65_HS1-834228961_62-HQ-83894_Section_6
Agency: FBI
Page 47
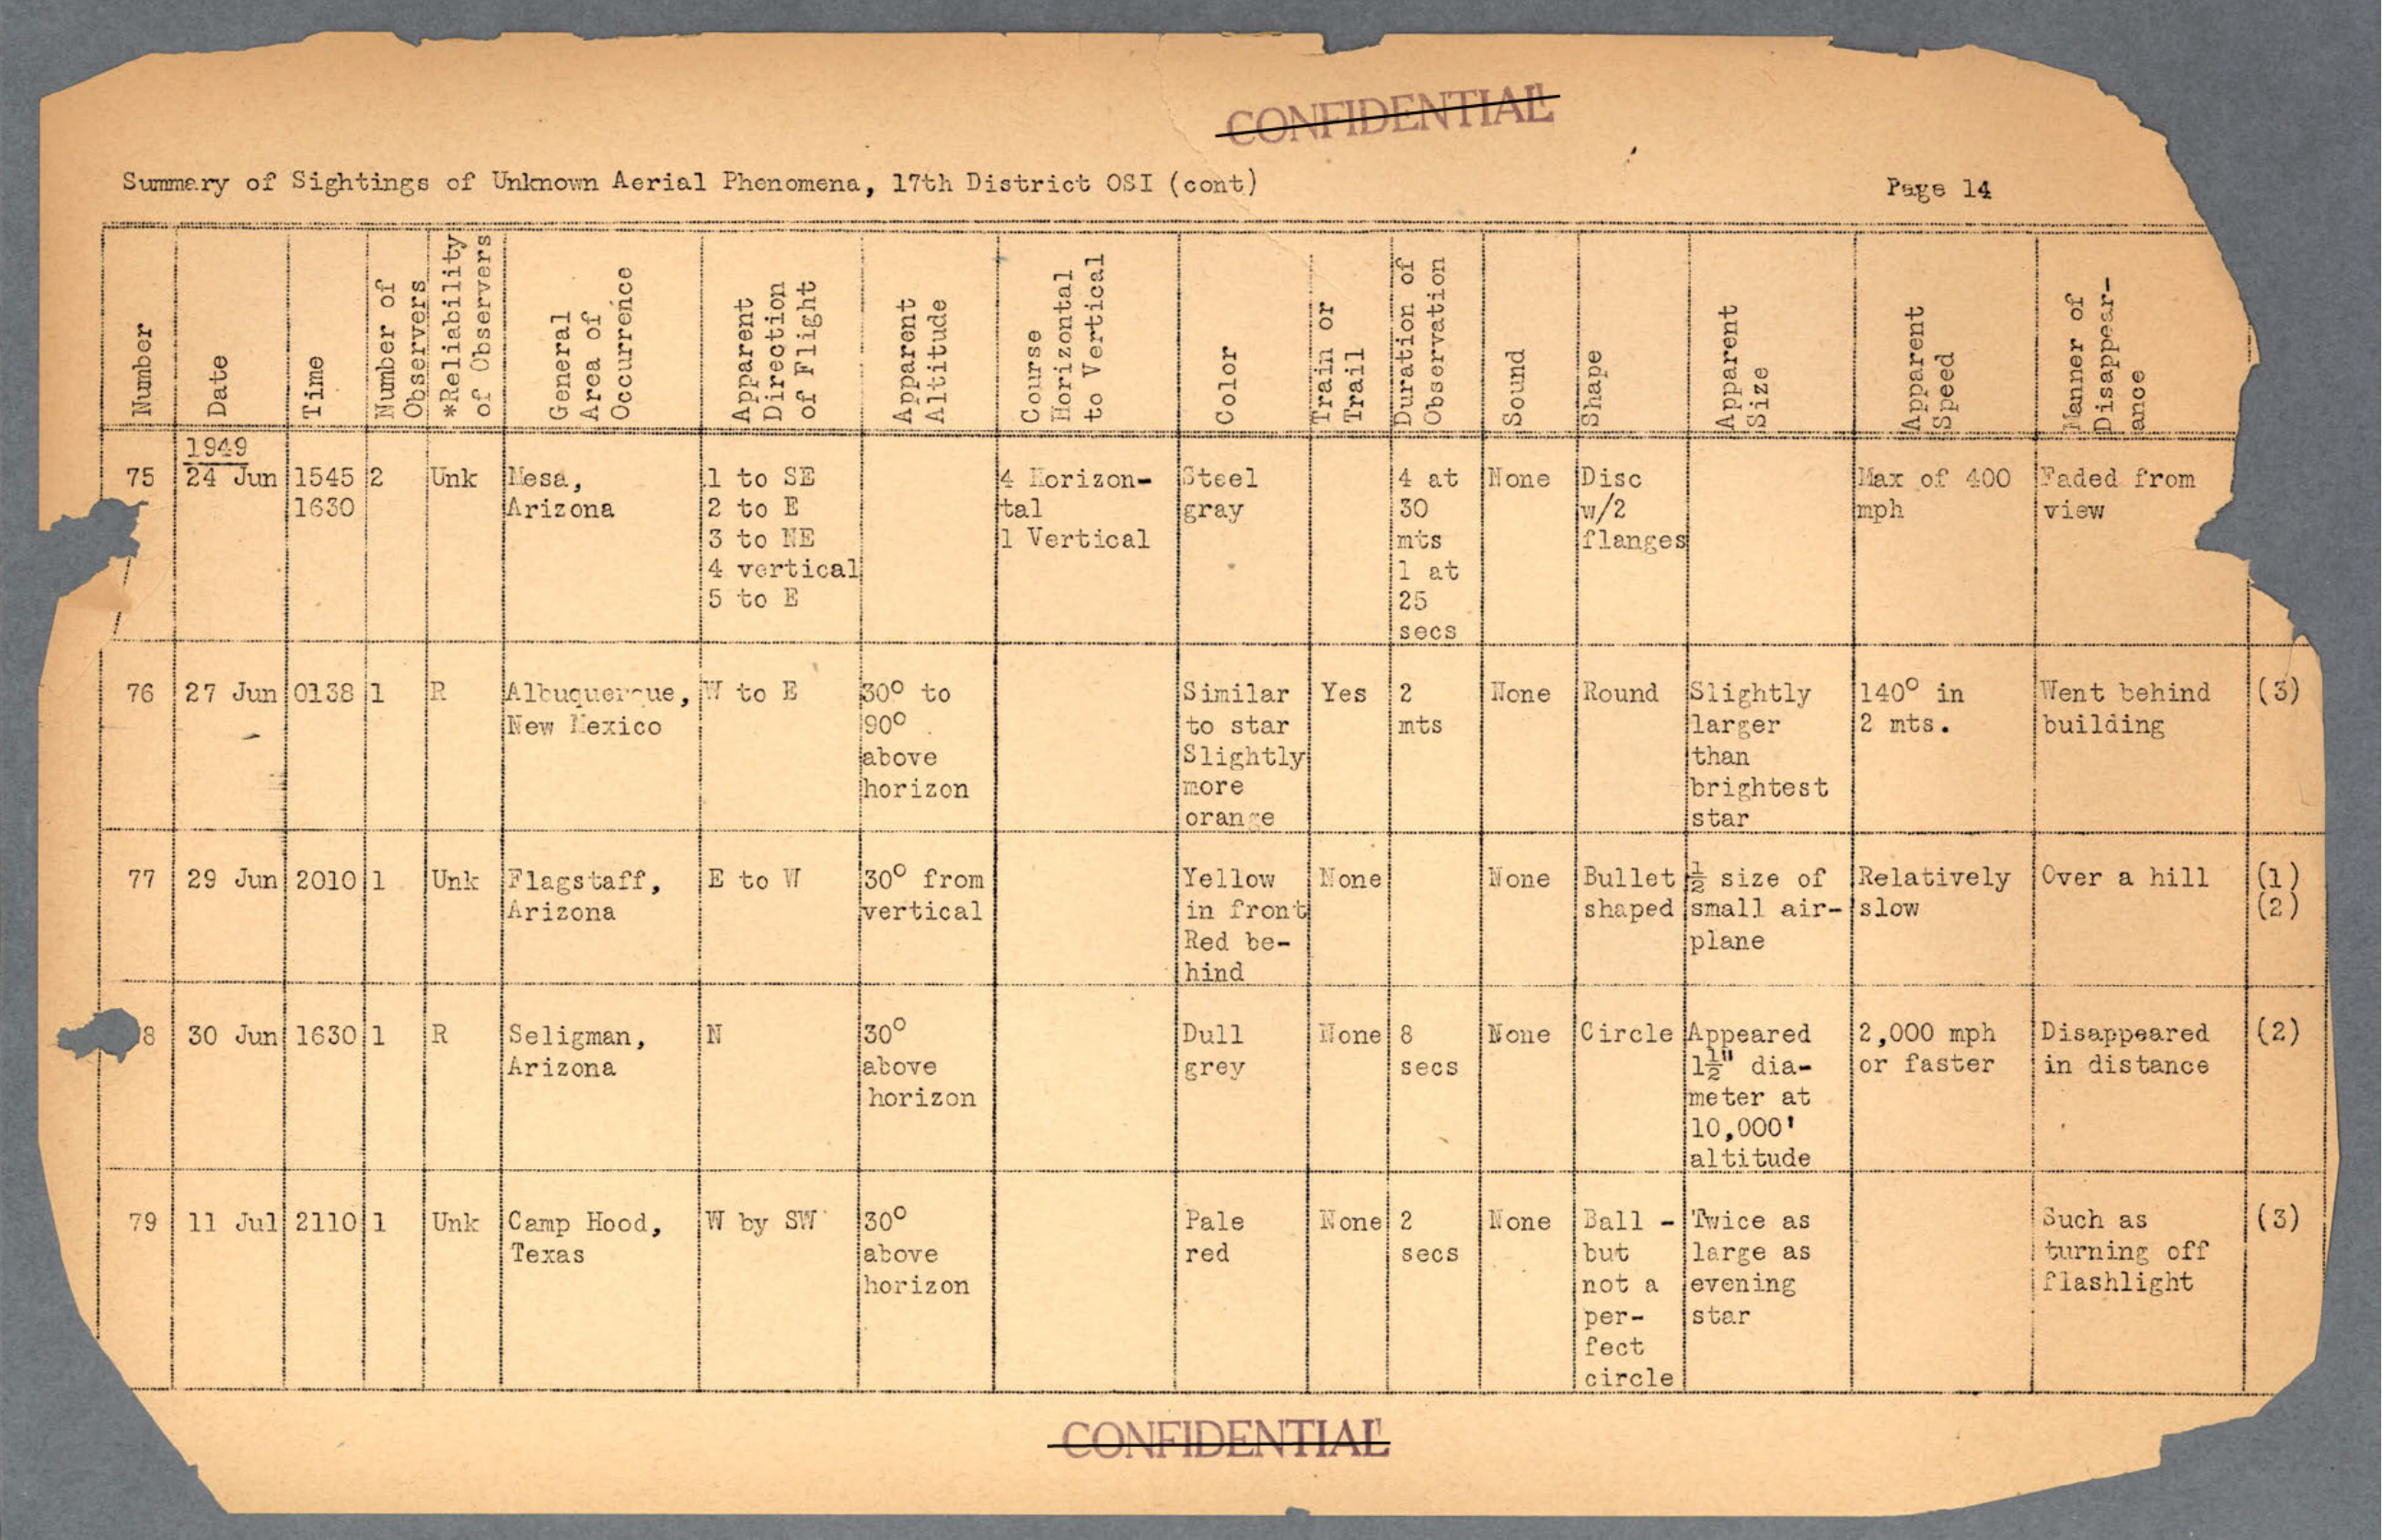